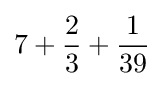
7+{\frac {2}{3}}+{\frac {1}{39}}